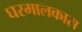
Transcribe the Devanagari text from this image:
घरमालकास